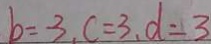
b = - 3 , c = 3 , d = 3